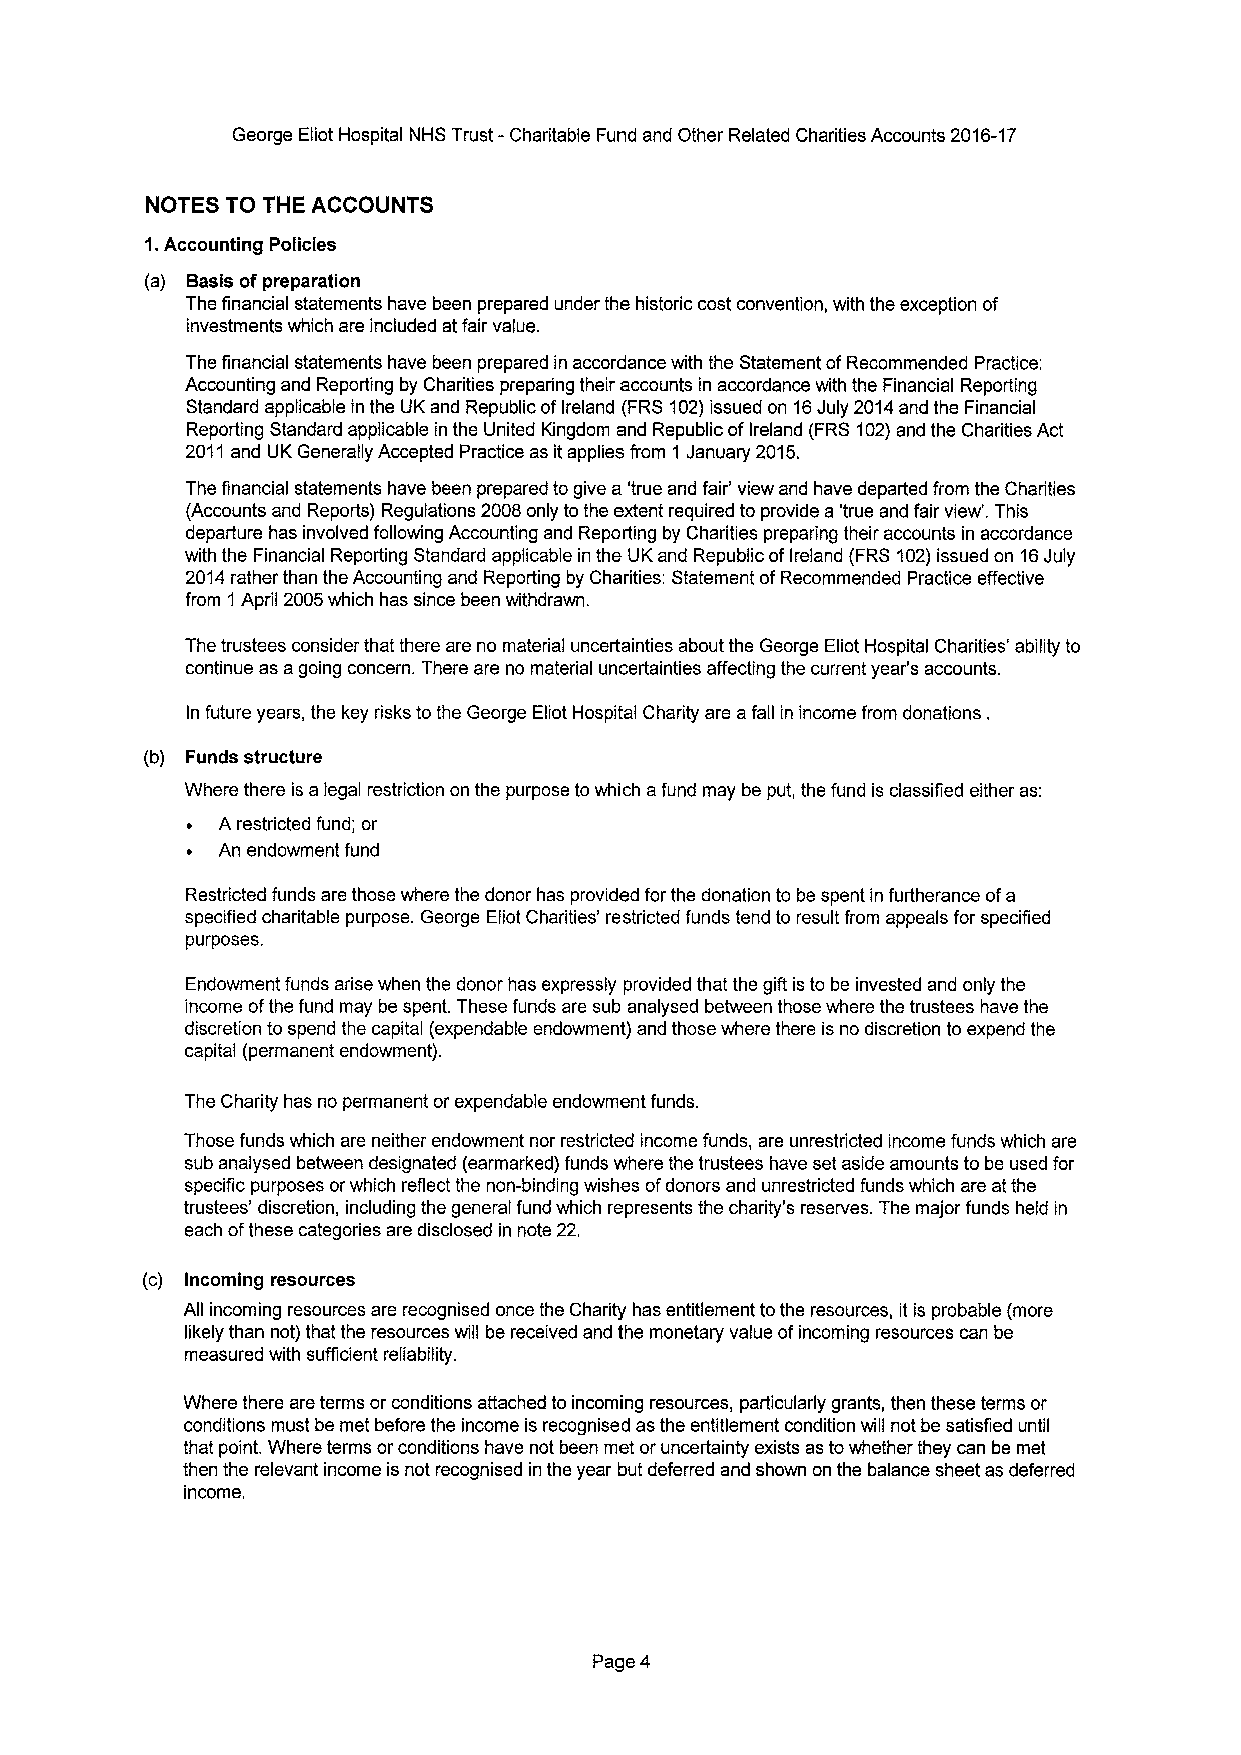
George Eliot Hospital NHS Trust -Charitable Fund and Other Related Charities Accounts 2016-17
 NOTES TO THE ACCOUNTS
 1.Accounting Policies
 (a) Basis ofpreparation
 The financial statements have been prepared under the historic cost convention, with the exception of
 investments which are included at fair value.
 The financial statements have been prepared in accordance with the Statement ofRecommended Practice:
 Accounting and Reporting by Charities preparing their accounts in accordance with the Financial Reporting
 Standard applicable in the UK and Republic ofIreland (FRS102)issued on 16July 2014and the Financial
 Reporting Standard applicable in the United Kingdom and Republic ofIreland (FRS102)and the Charities Act
 2011and UK Generally Accepted Practice as itapplies from 1 January 2015.
 The financial statements have been prepared to give a 'true and fair* view and have departed from the Charities
 (Accounts and Reports) Regulations 2008only tothe extent required to provide a 'true and fair view'. This
 departure has involved following Accounting and Reporting by Charities preparing their accounts in accordance
 with the Financial Reporting Standard applicable in the UK and Republic ofIreland (FRS 102)issued on 16July
 2014rather than the Accounting and Reporting by Charities: Statement ofRecommended Practice effective
 from 1 April 2005which has since been withdrawn.
 The trustees consider that there are no material uncertainties about the George Eliot Hospital Charities* ability to
 continue as agoing concern. There are no material uncertainties affecting the current year's accounts.
 In future years, the key risks to the George Eliot Hospital Charity are afall in income from donations .
 (b) Funds structure
 Where there is a legal restriction on the purpose towhich afund may be put, the fund is classified either as:
 A restricted fund; or
 An endowment fund
 Restricted funds are those where the donor has provided for the donation to be spent in furtherance ofa
 specified charitable purpose. George Eliot Charities' restricted funds tend to result from appeals for specified
 purposes.
 Endowment funds arise when the donor has expressly provided that the gift is to be invested and only the
 income ofthe fund may be spent. These funds are sub analysed between those where the trustees have the
 discretion to spend the capital (expendable endowment) and those where there is no discretion to expend the
 capital (permanent endowment).
 The Charity has no permanent or expendable endowment funds.
 Those funds which are neither endowment nor restricted income funds, are unrestricted income funds which are
 sub analysed between designated (earmarked) funds where the trustees have set aside amounts to be used for
 specific purposes orwhich reflect the non-binding wishes ofdonors and unrestricted funds which are atthe
 trustees' discretion, including the general fund which represents the charity's reserves. The major funds held in
 each ofthese categories are disclosed in note 22.
 (c) Incoming resources
 All incoming resources are recognised once the Charity has entitlement tothe resources, it is probable (more
 likely than not) that the resources will be received and the monetary value ofincoming resources can be
 measured with sufficient reliability.
 Where there are terms or conditions attached to incoming resources, particularly grants, then these terms or
 conditions must be met before the income is recognised as the entitlement condition will not be satisfied until
 that point. Where terms orconditions have not been met or uncertainty exists as towhether they can be met
 then the relevant income is not recognised in the year but deferred and shown on the balance sheet as deferred
 income.
 Page 4